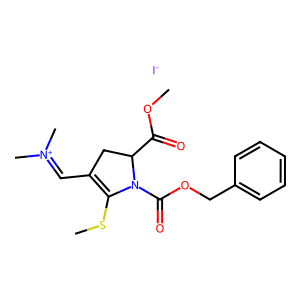
SMILES: COC(=O)C1CC(C=[N+](C)C)=C(SC)N1C(=O)OCc1ccccc1.[I-]
Inhibits HIV replication: No